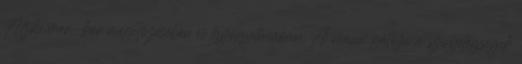
Alzheimer-kór megelőzésében és gyógyításában. A niacin gátolja a szívbetegségek